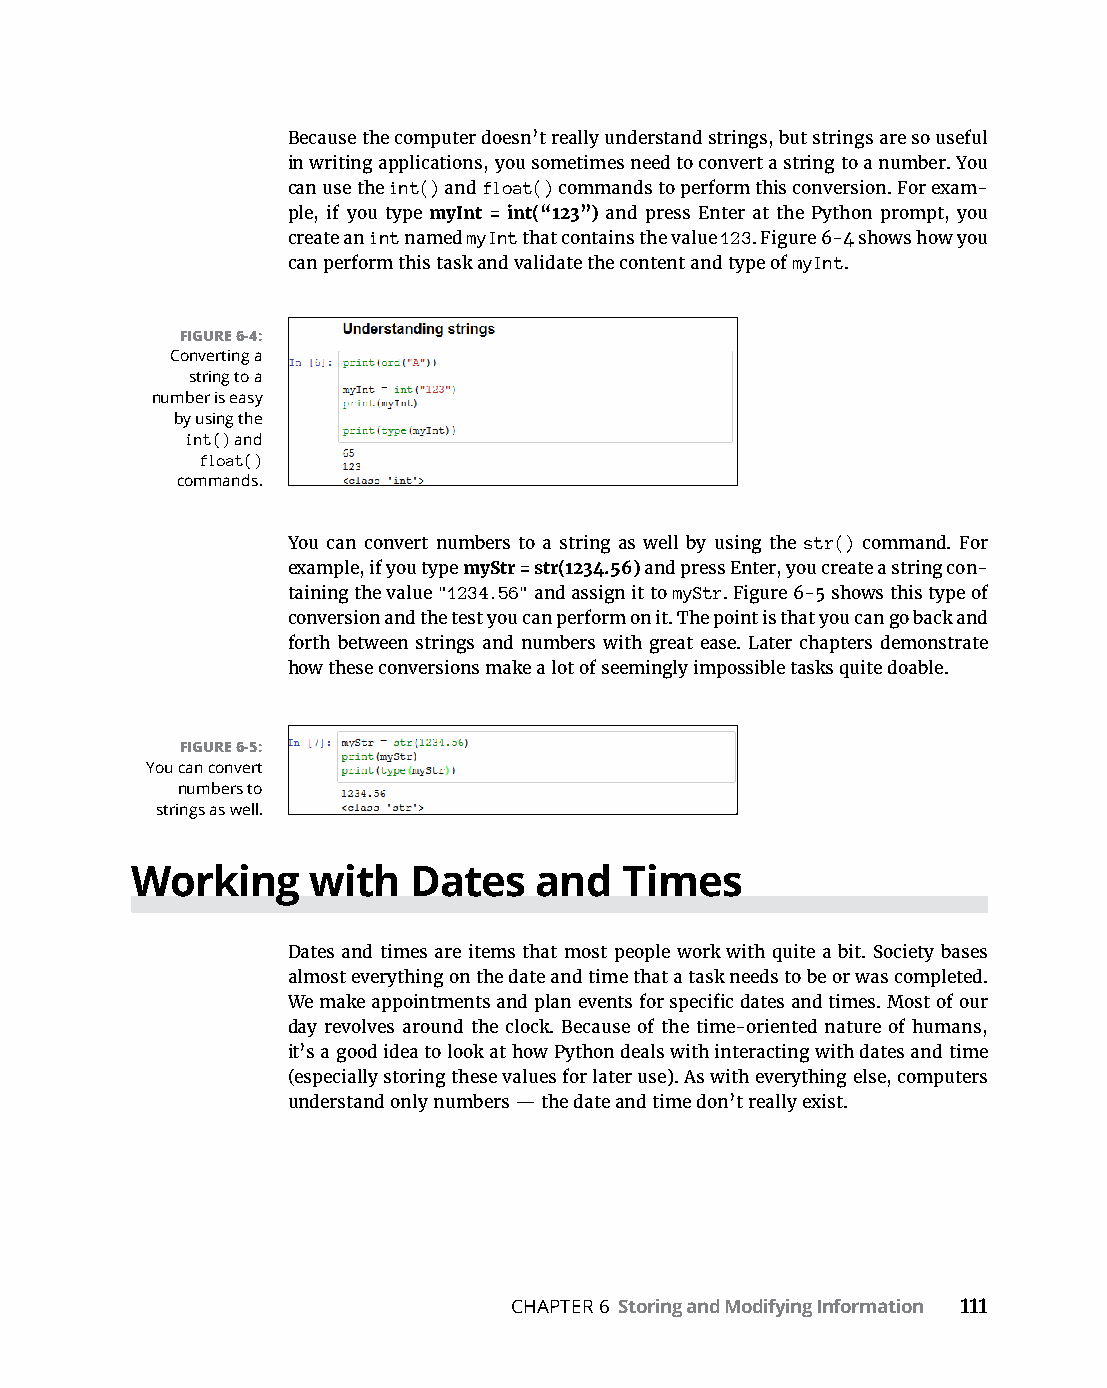
Because the computer doesn’t really understand strings, but strings are so useful
 in writing applications, you sometimes need to convert a string to a number. You
 can use the int() and float() commands to perform this conversion. For exam-
 ple, if you type myInt = int(“123”) and press Enter at the Python prompt, you
 create an int named myInt that contains the value 123. Figure 6-4 shows how you
 can perform this task and validate the content and type of myInt.
 FIGURE 6-4:
 Converting a
 string to a
 number is easy
 by using the
 int() and
 float()
 commands.
 You can convert numbers to a string as well by using the str() command. For
 example, if you type myStr = str(1234.56) and press Enter, you create a string con-
 taining the value "1234.56" and assign it to myStr. Figure 6-5 shows this type of
 conversion and the test you can perform on it. The point is that you can go back and
 forth between strings and numbers with great ease. Later chapters demonstrate
 how these conversions make a lot of seemingly impossible tasks quite doable.
 FIGURE 6-5:
 You can convert
 numbers to
 strings as well.
 Working     with  Dates   and   Times
 Dates and times are items that most people work with quite a bit. Society bases
 almost everything on the date and time that a task needs to be or was completed.
 We make appointments and plan events for specific dates and times. Most of our
 day revolves around the clock. Because of the time-oriented nature of humans,
 it’s a good idea to look at how Python deals with interacting with dates and time
 (especially storing these values for later use). As with everything else, computers
 understand only numbers — the date and time don’t really exist.
 CHAPTER 6 Storing and Modifying Information 111